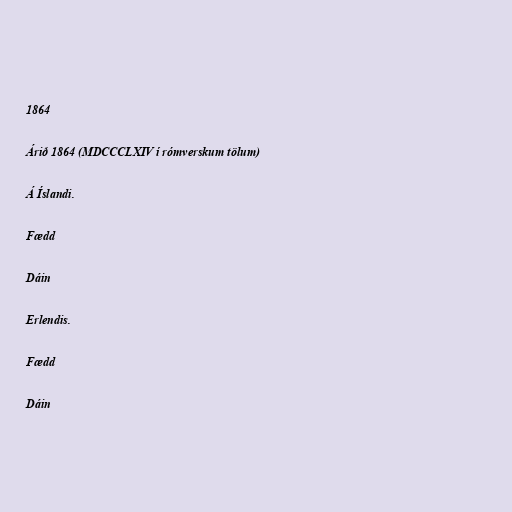
1864

Árið 1864 (MDCCCLXIV í rómverskum tölum)

Á Íslandi.

Fædd

Dáin

Erlendis.

Fædd

Dáin